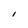
Character: I